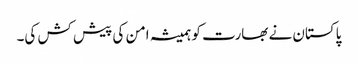
پاکستان نے بھارت کو ہمیشہ امن کی پیش کش کی۔